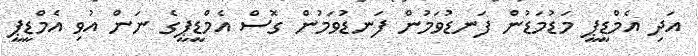
އަދި އެމްޑީޕީ މަޑުމަޑުން ފަނޑުވަމުން ފަނޑުވަމުން ގޮސް އެމްޑީޕީގެ ނަން އުވި އެމްޑީޕީ